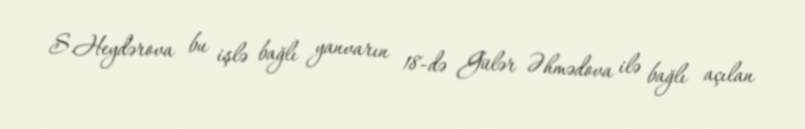
S.Heydərova bu işlə bağlı yanvarın 18-də Gülər Əhmədova ilə bağlı açılan